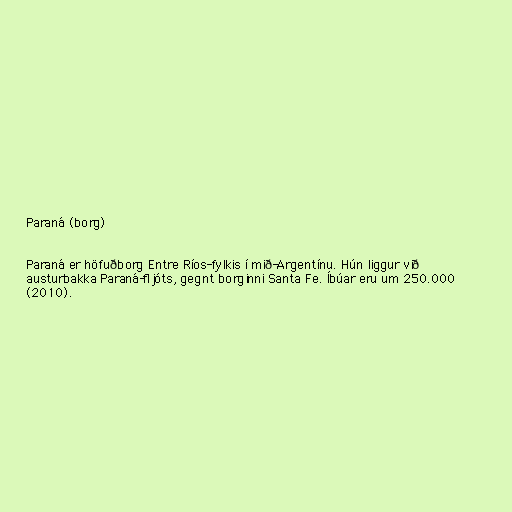
Paraná (borg)

Paraná er höfuðborg Entre Ríos-fylkis í mið-Argentínu. Hún liggur við
austurbakka Paraná-fljóts, gegnt borginni Santa Fe. Íbúar eru um 250.000
(2010).